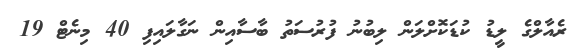
ރެއާލްގެ ލީޑު ކުޑަކޮށްލަން ލިބުނު ފުރުސަތު ބާސާއިން ނަގާލައިފި 40 މިނެޓް 19